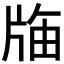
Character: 𭷌